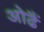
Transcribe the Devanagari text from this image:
ओढैं